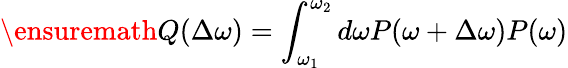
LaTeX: \ensuremath{Q(\Delta\omega)=\int_{\omega_{1}}^{\omega_{2}}d\omega P(\omega+\Delta\omega)P(\omega)}